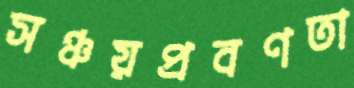
সঞ্চয়প্রবণতা